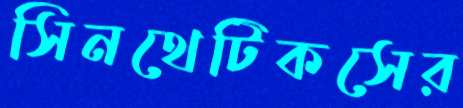
সিনথেটিকসের